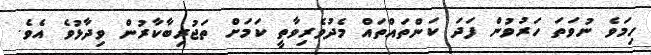
ހިމަވެ ނުވަތަ ހަރުވުން ފަދަ ކަންތައްތައް މެދުވެރިވާތީ ކަމަށް ތަޖުރިބާކާރުން ވިދާޅުވެ އެވެ.